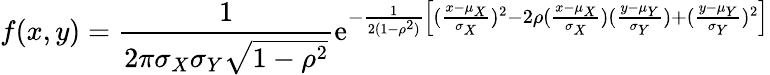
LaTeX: f(x,y)={\frac{1}{2\pi\sigma_{X}\sigma_{Y}{\sqrt{1-\rho^{2}}}}}\mathrm{e}^{-{\frac{1}{2(1-\rho^{2})}}\left[({\frac{x-\mu_{X}}{\sigma_{X}}})^{2}-2\rho({\frac{x-\mu_{X}}{\sigma_{X}}})({\frac{y-\mu_{Y}}{\sigma_{Y}}})+({\frac{y-\mu_{Y}}{\sigma_{Y}}})^{2}\right]}